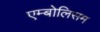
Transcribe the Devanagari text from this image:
एम्बोलिसम